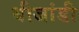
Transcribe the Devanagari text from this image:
बीजांडी